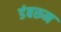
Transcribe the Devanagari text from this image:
डंबरून